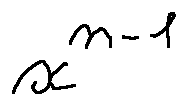
x ^ { n - 1 }